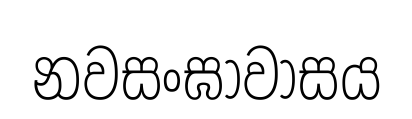
නවසංඝාවාසය